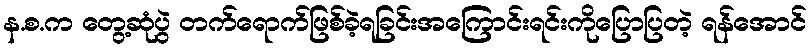
န.စ.က တွေ့ဆုံပွဲ တက်ရောက်ဖြစ်ခဲ့ရခြင်းအကြောင်းရင်းကိုပြောပြတဲ့ ရန်အောင်